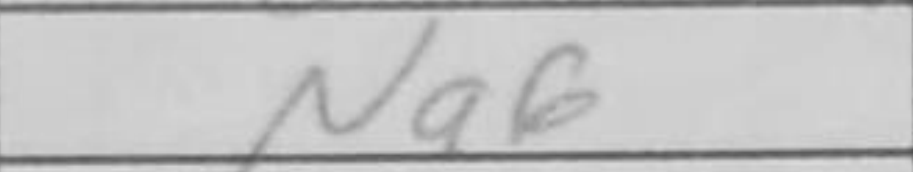
Transcription: Ng6